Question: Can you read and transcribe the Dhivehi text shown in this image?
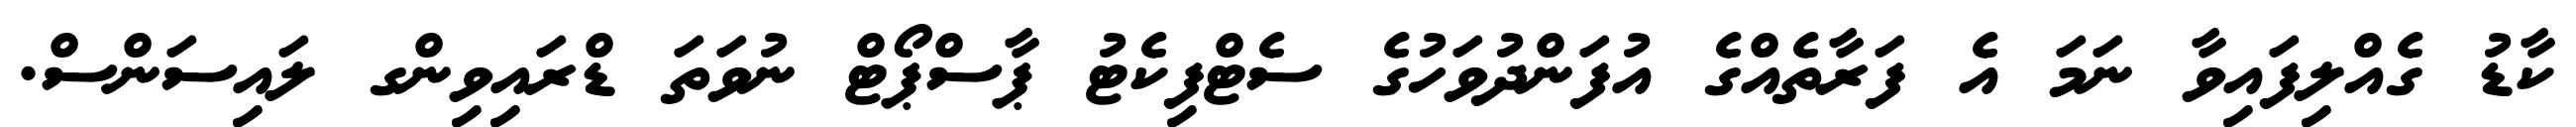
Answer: ކާޑު ގެއްލިފައިވާ ނަމަ އެ ފަރާތެއްގެ އުފަންދުވަހުގެ ސެޓްފިކެޓު ޕާސްޕޯޓް ނުވަތަ ޑްރައިވިންގ ލައިސަންސް.